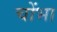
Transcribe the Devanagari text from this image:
चोंभा